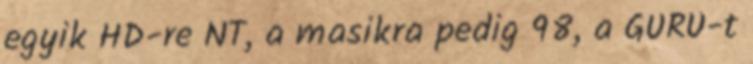
egyik HD-re NT, a masikra pedig 98, a GURU-t